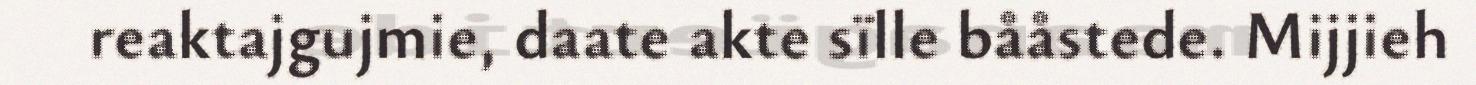
reaktajgujmie, daate akte sïlle bååstede. Mijjieh